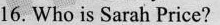
16.Who is Sarah Price?